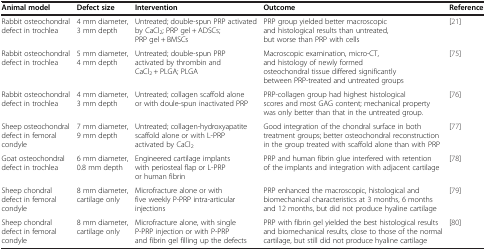
| Animal model | Defect size | Intervention | Outcome | Reference |
 | --- | --- | --- | --- | --- |
 | Rabbit osteochondral defect in trochlea | 4 mm diameter, 3 mm depth | Untreated; double-spun PRP activated by CaCl2; PRP gel + ADSCs; PRP gel + BMSCs | PRP group yielded better macroscopic and histological results than untreated, but worse than PRP with cells | [21] |
 | Rabbit osteochondral defect in trochlea | 5 mm diameter, 4 mm depth | Untreated; double-spun PRP activated by thrombin and CaCl2 + PLGA; PLGA | Macroscopic examination, micro-CT, and histology of newly formed osteochondral tissue differed significantly between PRP-treated and untreated groups | [75] |
 | Rabbit osteochondral defect in trochlea | 4 mm diameter, 3 mm depth | Untreated; collagen scaffold alone or with doule-spun inactivated PRP | PRP-collagen group had highest histological scores and most GAG content; mechanical property was only better than that in the untreated group. | [76] |
 | Sheep osteochondral defect in femoral condyle | 7 mm diameter, 9 mm depth | Untreated; collagen-hydroxyapatite scaffold alone or with L-PRP activated by CaCl2 | Good integration of the chondral surface in both treatment groups; better osteochondral reconstruction in the group treated with scaffold alone than with PRP | [77] |
 | Goat osteochondral defect in trochlea | 6 mm diameter, 0.8 mm depth | Engineered cartilage implants with periosteal flap or L-PRP or human fibrin | PRP and human fibrin glue interfered with retention of the implants and integration with adjacent cartilage | [78] |
 | Sheep chondral defect in femoral condyle | 8 mm diameter, cartilage only | Microfracture alone or with five weekly P-PRP intra-articular injections | PRP enhanced the macroscopic, histological and biomechanical characteristics at 3 months, 6 months and 12 months, but did not produce hyaline cartilage | [79] |
 | Sheep chondral defect in femoral condyle | 8 mm diameter, cartilage only | Microfracture alone, with single P-PRP injection or with P-PRP and fibrin gel filling up the defects | PRP with fibrin gel yielded the best histological results and biomechanical results, close to those of the normal cartilage, but still did not produce hyaline cartilage | [80] |